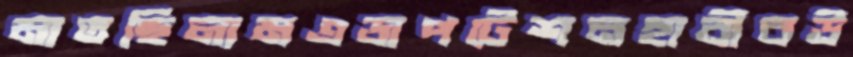
মাতছিলামএডাপটেশনহাবীবউ